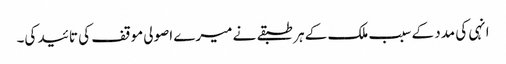
انہی کی مدد کے سبب ملک کے ہر طبقے نے میرے اصولی موقف کی تائید کی۔